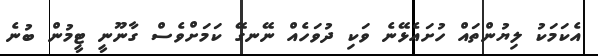
އެކަމަކު ލިޔުންތައް ހުށައެޅޭނެ ވަކި ދުވަހެއް ނޭނގޭ ކަމަށްވެސް ގާނޫނީ ޓީމުން ބުނެ